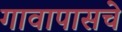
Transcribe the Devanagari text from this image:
गावापासचे